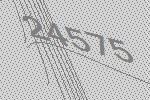
24575